Vital statistics of India. Vol. IV, Annual returns from 1871 to 1876. British Army of India, Native Army and jails of Bengal
Year: 1871
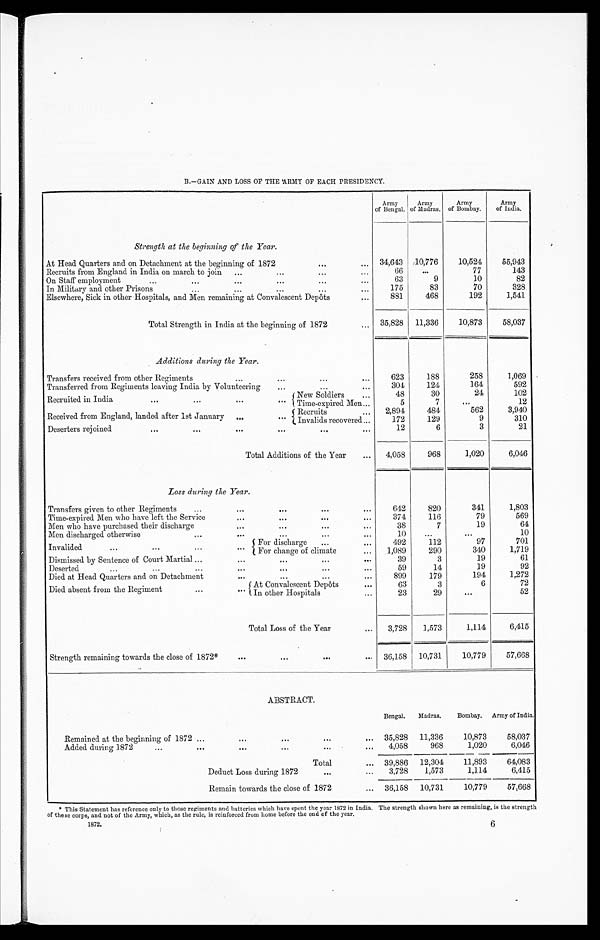
B.—GAIN AND LOSS OF THE ARMY OF EACH PRESIDENCY.
Army
of Bengal.
Army
of Madras.
Army
of Bombay.
Army
of India.
Strength at the beginning of the Year.
At Head Quarters and on Detachment at the beginning of 1872
... ...
34,643 10,776
10,524
55,943
Recruits from England in India on march to join ...
...
...
66
...
77
143
On Staff employment
...
...
...
... ... ...
63
9
10
82
In Military and other Prisons
...
...
... ... ...
175
83
70
328
Elsewhere, Sick in other Hospitals, and Men remaining at Convalescent Depôts
...
881
468
192
1,541
Total Strength in India at the beginning of 1872...
35,828 11,336
10,873
58,037
Additions during the Year.
Transfers received from other Regiments
...
... ... ...
623
188
258
1,069
Transferred from Regiments leaving India by Volunteering
...
304
124
164
592
R e c r u i t e d i n I n d i a . . . . . . . . . . . .
New Soldiers
...
48
30
24
102
Time-expired Men ...
5
7 ...
12
Received from England, landed after 1st January
... ...
Recruits
... 2,894
484
562
3,940
Invalids recovered...
172
129
9
310
Deserters rejoined
...
...
... ... ... ...
12
6
3
21
Total Additions of the Year
...
4,058
968
1,020
6,046
Loss during the Year.
Transfers given to other Regiments
...
...
...
...
...
642
820
341
1,803
Time-expired Men who have left the Service
...
... ... ...
374
116
79
569
Men who have purchased their discharge
...
... ... ...
38
7
19
64
Men discharged otherwise
... ... ... ...
10
...
...
10
Invalided
...
...
For discharge
...
...
492
112
97
701
340
1,719
For change of climate
...
1,089
290
Dismissed by Sentence of Court Martial ...
...
... ... ...
39
3
19
61
Deserted
...
...
...
...
...
...
...
59
14
19
92
Died at Head Quarters and on Detachment
... ... ... ...
899
179
194
1,272
Died absent from the Regiment
...
At Convalescent Depôts
...
63
3
6
72
In other Hospitals
...
23
29
...
52
Total Loss of the Year
...
3,728
1,573
1,114
6,415
Strength remaining towards the close of 1872*
...
... ... ...
36,158 10,731
10,779
57,668
ABSTRACT.
Bengal. Madras.
Bombay. Army of India.
Remained at the beginning of 1872 ...
... ... ...
... 35,828 11,336
10,873
58,037
Added during 1872
...
... ... ... ...
...
4,058
968
1,020
6,046
Total
... 39,886 12,304
11,893
64,083
Deduct Loss during 1872
...
...
3,728
1,573
1,114
6,415
Remain towards the close of 1872
... 36,158 10,731
10,779
57,668
* This Statement has reference only to those regiments and batteries which have spent the year 1872 in India. The strength shown here as remaining, is the strength
of these corps, and not of the Army, which, as the rule, is reinforced from home before the end of the year.
1872.
6